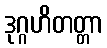
ဒုဂ္ဂဟိတတ္တာ